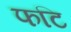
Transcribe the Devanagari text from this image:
फटि